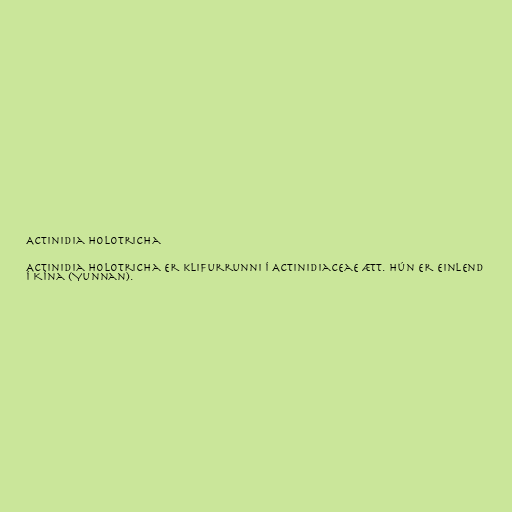
Actinidia holotricha

Actinidia holotricha er klifurrunni í Actinidiaceae ætt. Hún er einlend
í Kína (Yunnan).